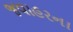
જવાહરના